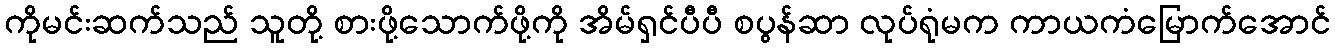
ကိုမင်းဆက်သည် သူတို့ စားဖို့သောက်ဖို့ကို အိမ်ရှင်ပီပီ စပွန်ဆာ လုပ်ရုံမက ကာယကံမြောက်အောင်